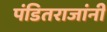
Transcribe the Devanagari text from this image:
पंडितराजांनी